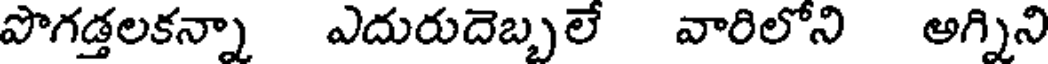
పొగడ్తలకన్నా ఎదురుదెబ్బలే వారిలోని అగ్నిని